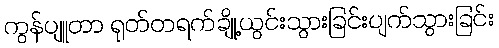
ကွန်ပျူတာ ရုတ်တရက်ချို့ယွင်းသွားခြင်းပျက်သွားခြင်း